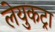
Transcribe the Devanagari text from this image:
लेयुकट्रा